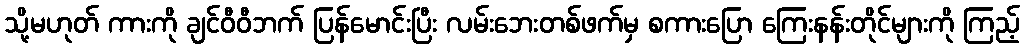
သို့မဟုတ် ကားကို ချင်ဝီဝီဘက် ပြန်မောင်းပြီး လမ်းဘေးတစ်ဖက်မှ စကားပြော ကြေးနန်းတိုင်များကို ကြည့်